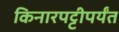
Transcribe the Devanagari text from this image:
किनारपट्टीपर्यंत